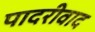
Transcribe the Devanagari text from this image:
पादरीवाद